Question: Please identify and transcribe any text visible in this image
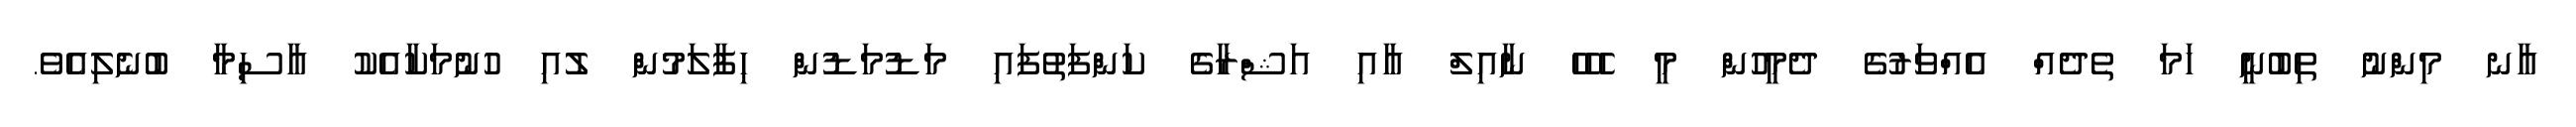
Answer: އާނ މިންނު ތިބުނީ ހަމަ ތެދެއް އެއްވަރުގެ ދެމީހުން މީ ހެހެހެ ނާއިލް އާއި އަޝްރާގެ ކަންފަތުފައި މަޑުމަޑުން ހިފާލަމުން ލުއި ހުނުމަކާއެކު އާސިމާ ބުނެލިއެވެ.